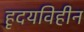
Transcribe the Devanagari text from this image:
हृदयविहीन